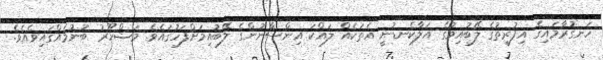
ހަނގުރާމައިގެ އިފުރީތުގެ ލޭބުއިމުގެ އަލާކެނޑުނީ އެތަކެއް ލައްކަ އިންސާނުންގެ ލޭބުއިމަށްފަހުގައެވެ. މަޝްހޫރު ބުނުމެއްގައިވެއެވެ.